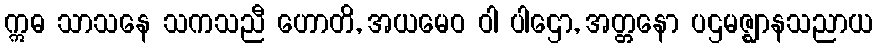
ဣဓ သာသနေ သကသညီ ဟောတိ, အယမေဝ ဝါ ပါဌော, အတ္တနော ပဌမဇ္ဈာနသညာယ